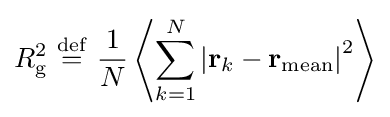
R_{\mathrm {g} }^{2}\ {\stackrel {\mathrm {def} }{=}}\ {\frac {1}{N}}\left\langle \sum _{k=1}^{N}\left|\mathbf {r} _{k}-\mathbf {r} _{\mathrm {mean} }\right|^{2}\right\rangle